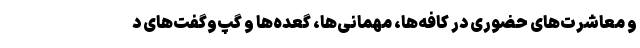
و معاشرت‌های حضوری در کافه‌ها، مهمانی‌ها، گعده‌ها و گپ‌وگفت‌های د